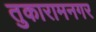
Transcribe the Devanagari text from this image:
तुकारामनगर